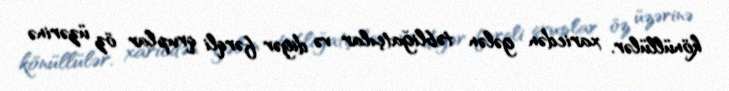
könüllülər, xaricdən gələn təbliğatçılar və digər fərqli qruplar öz üzərinə